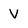
Character: V